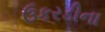
ઉકરડીના